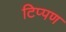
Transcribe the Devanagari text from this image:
टिप्‍पण